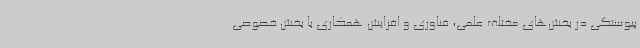
پیوستگی در بخش‌های مختلف علمی، فناوری و افزایش همکاری با بخش خصوصی